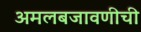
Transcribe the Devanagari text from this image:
अमलबजावणीची